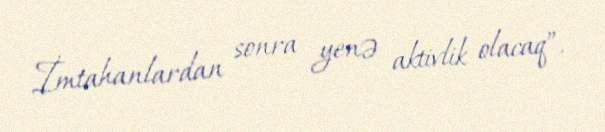
İmtahanlardan sonra yenə aktivlik olacaq”.